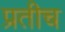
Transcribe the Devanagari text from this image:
प्रतीच